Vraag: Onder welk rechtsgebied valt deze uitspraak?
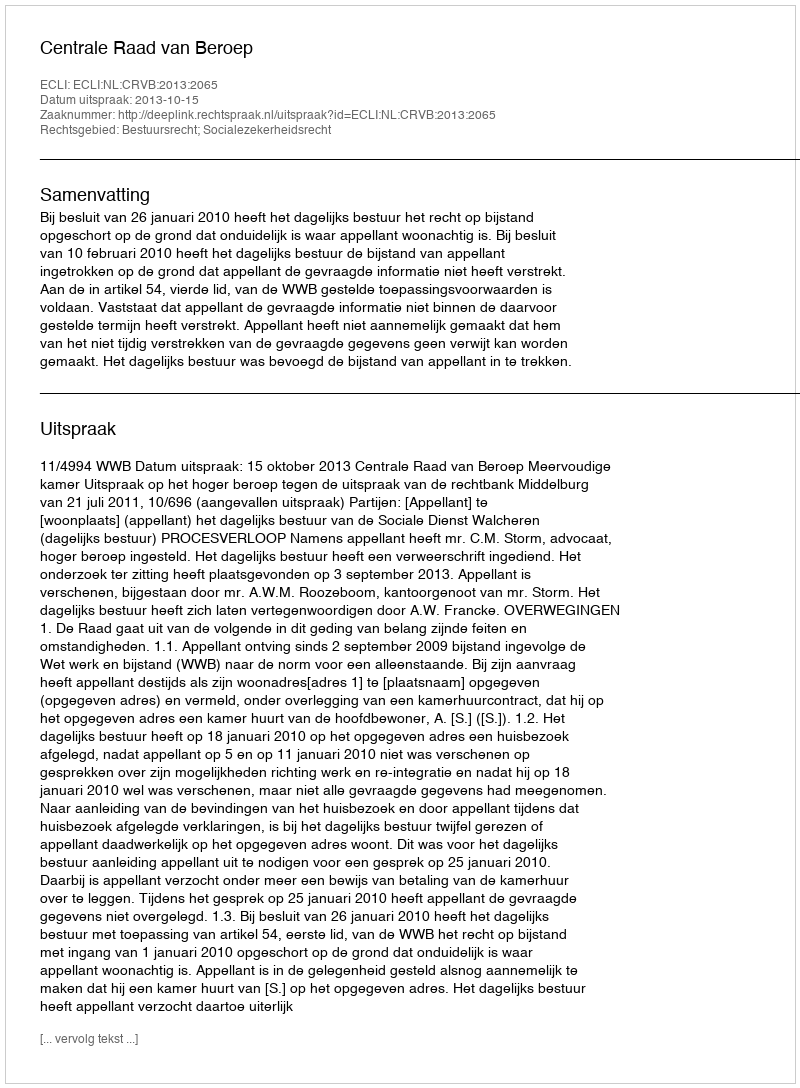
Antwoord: Bestuursrecht; Socialezekerheidsrecht